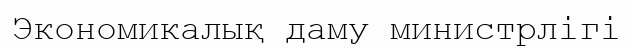
Экономикалық даму министрлігі